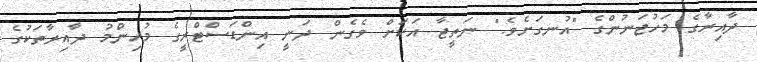
ދާއިރާގެ މަހުޖަނުންގެ "އުނގަށެވެ." ނަތީޖާ އަކަށް ވެގެން ދަނީ އިންޑަސްޓްރީގެ މުހިންމު ދާއިރާތަކުގެ